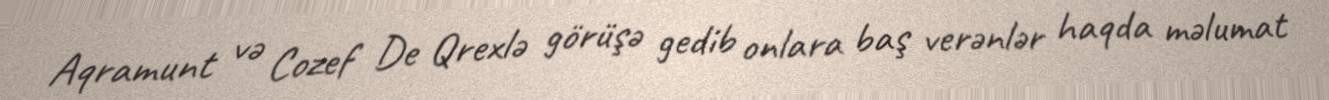
Aqramunt və Cozef De Qrexlə görüşə gedib onlara baş verənlər haqda məlumat